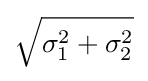
{\sqrt {\sigma _{1}^{2}+\sigma _{2}^{2}}}